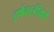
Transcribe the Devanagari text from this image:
हर्षवाडीकडे